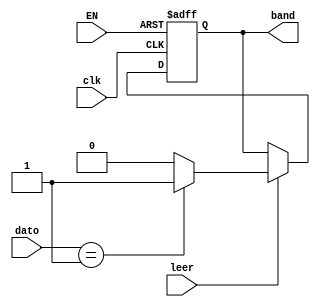
`timescale 1ns / 1ps
//////////////////////////////////////////////////////////////////////////////////
// Company: 
// Engineer: 
// 
// Design Name: 
// Module Name:    reg_P 
// Project Name: 
// Target Devices: 
// Tool versions: 
// Description: 
//
// Dependencies: 
//
// Revision: 
// Revision 0.01 - File Created
// Additional Comments: 
//
//////////////////////////////////////////////////////////////////////////////////
module reg_P(
	input wire clk, leer, EN,
	input wire [2:0] dato,
	output reg band
    );
	 	 
always @(posedge clk, negedge EN)
		if(~EN)
			band <= 1'b0;
		else
			begin
				if(leer)
					if(dato == 3'd1)
						band <= 1'b1;
					else
						band <= 1'b0;
				else
					band <= band;
			end
			
endmodule